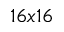
1 6 x 1 6